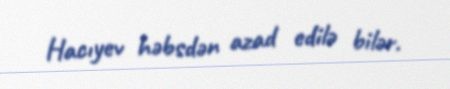
Hacıyev həbsdən azad edilə bilər.